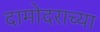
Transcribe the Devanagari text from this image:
दामोदराच्या